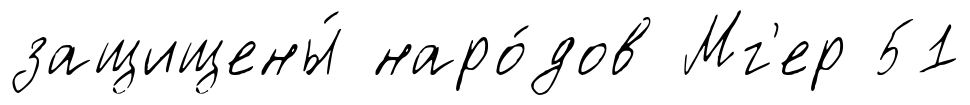
защищены́ наро́дов Мг'ер 51